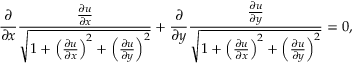
{ \frac { \partial } { \partial x } } { \frac { \frac { \partial u } { \partial x } } { \sqrt { 1 + \left( { \frac { \partial u } { \partial x } } \right) ^ { 2 } + \left( { \frac { \partial u } { \partial y } } \right) ^ { 2 } } } } + { \frac { \partial } { \partial y } } { \frac { \frac { \partial u } { \partial y } } { \sqrt { 1 + \left( { \frac { \partial u } { \partial x } } \right) ^ { 2 } + \left( { \frac { \partial u } { \partial y } } \right) ^ { 2 } } } } = 0 ,